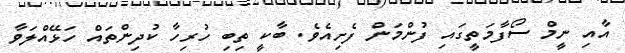
އާއި ނީމް ސޯފާމަތީގައި ފުންމަން ފެށިއެވެ. ބާކީ ތިބި ހުރިހާ ކުދިންތައް ހަޅޭއްލަވާ